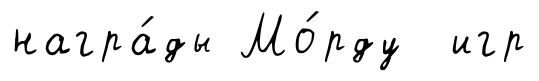
награ́ды Мо́рду игр